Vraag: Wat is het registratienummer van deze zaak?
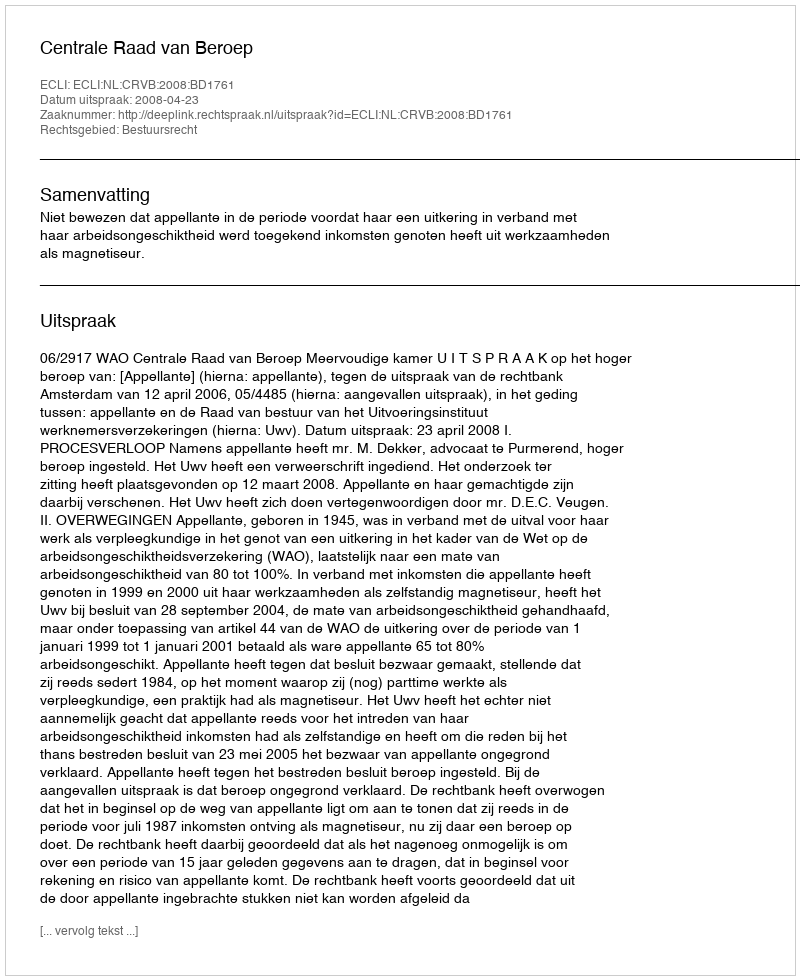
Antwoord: http://deeplink.rechtspraak.nl/uitspraak?id=ECLI:NL:CRVB:2008:BD1761